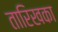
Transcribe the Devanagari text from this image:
तारिखका